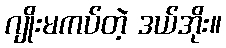
ဂျိုးမကပ်တဲ့ ဒယ်အိုး။